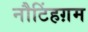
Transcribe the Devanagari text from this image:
नौटिंहग़म